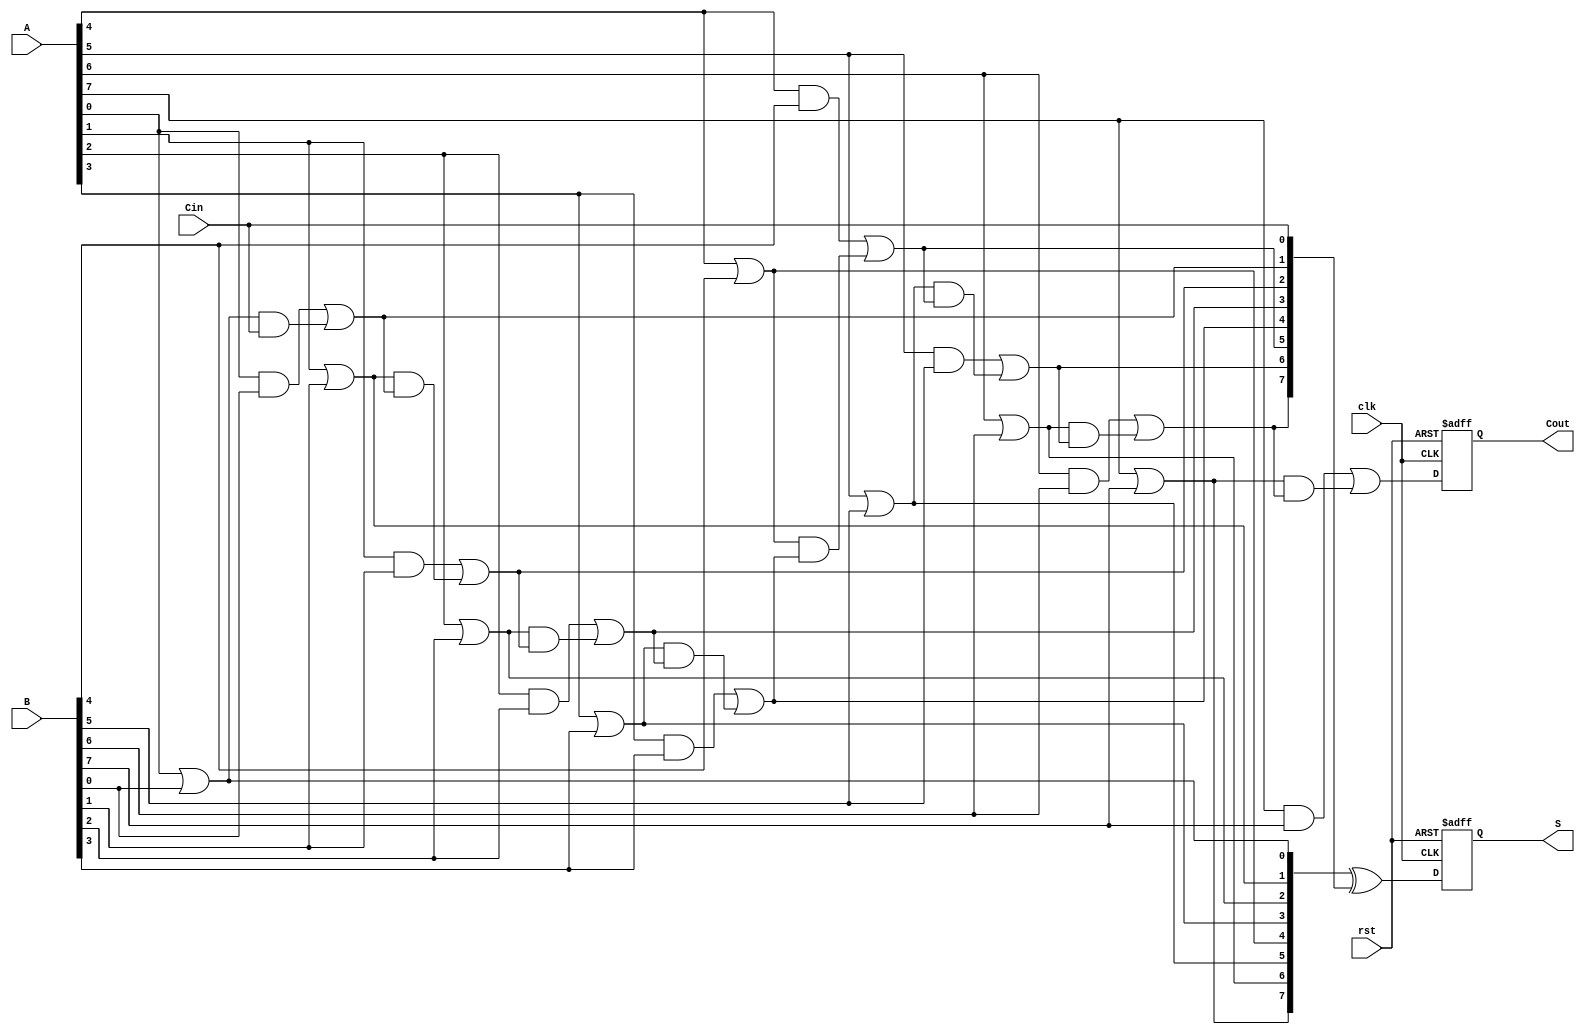
module PipelinedCLA #(parameter N = 8) (
    input wire clk,
    input wire rst,
    input wire [N-1:0] A,
    input wire [N-1:0] B,
    input wire Cin,
    output reg [N-1:0] S,
    output reg Cout
);

    // Intermediate signals
    wire [N-1:0] G; // Generate signals
    wire [N-1:0] P; // Propagate signals
    wire [N:0] C;   // Carry signals

    // Stage 1: Generate and Propagate
    genvar i;
    generate
        for (i = 0; i < N; i = i + 1) begin : gen_prop
            assign G[i] = A[i] & B[i]; // Generate
            assign P[i] = A[i] | B[i]; // Propagate
        end
    endgenerate

    // Carry calculation
    assign C[0] = Cin;
    generate
        for (i = 0; i < N; i = i + 1) begin : carry_calc
            if (i == 0) begin
                assign C[i + 1] = G[i] | (P[i] & C[i]);
            end else begin
                assign C[i + 1] = G[i] | (P[i] & C[i]);
            end
        end
    endgenerate

    // Stage 2: Sum Calculation
    always @(posedge clk or posedge rst) begin
        if (rst) begin
            S <= 0;
            Cout <= 0;
        end else begin
            S <= P ^ C[N-1:0]; // Sum calculation
            Cout <= C[N];     // Carry out
        end
    end

endmodule